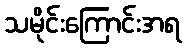
သမိုင်းကြောင်းအရ